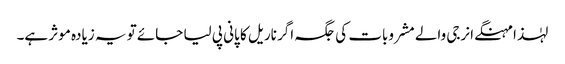
لہٰذا مہنگے انرجی والے مشروبات کی جگہ اگر ناریل کا پانی پی لیا جائے تو یہ زیادہ موثر ہے۔